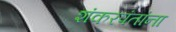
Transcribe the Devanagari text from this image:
शंकरपंतांना